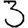
Digit: 3